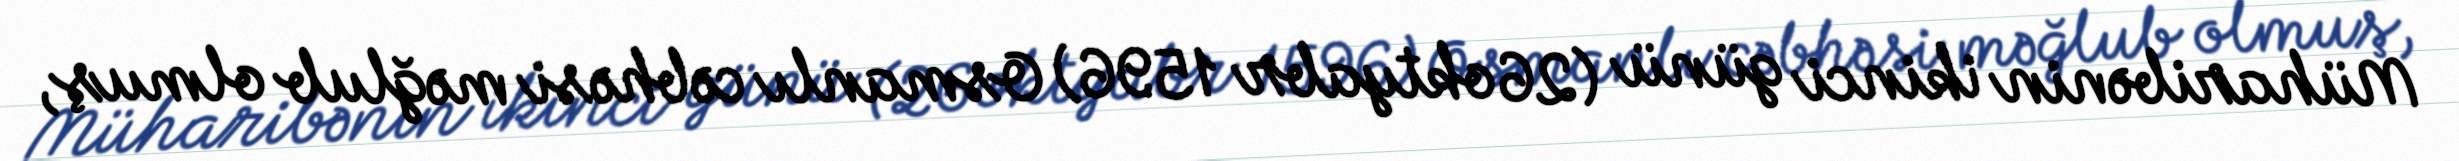
Müharibənin ikinci günü (26 oktyabr 1596) Osmanlı cəbhəsi məğlub olmuş,